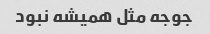
جوجه مثل همیشه نبود